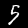
Digit: 5